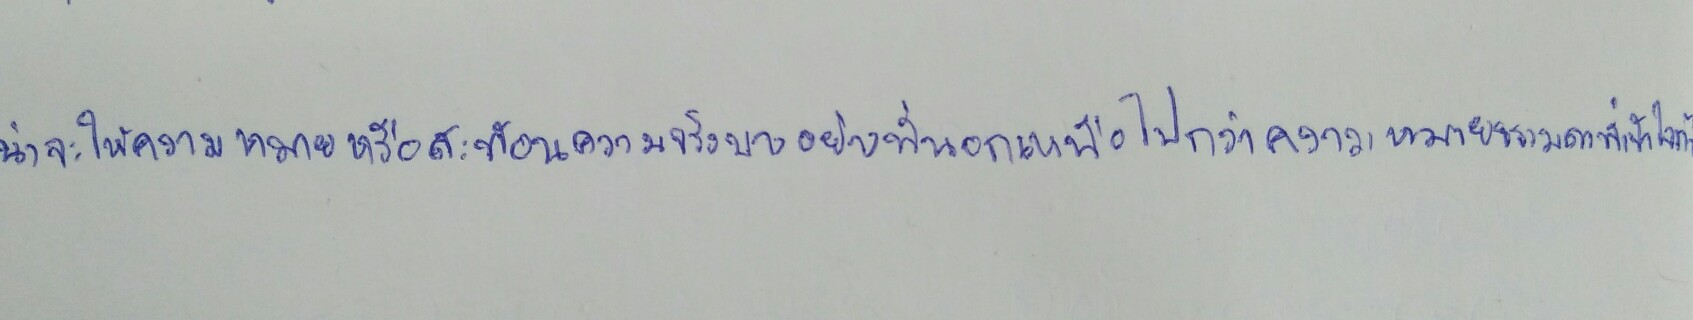
น่าจะให้ความหมายหรือสะท้อนความจริงบางอย่างที่นอกเหนือไปกว่าความหมายธรรมดาที่เข้าใจกัน